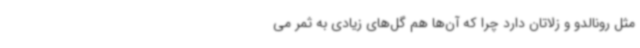
مثل رونالدو و زلاتان دارد چرا که آن‌ها هم گل‌های زیادی به ثمر می‌